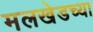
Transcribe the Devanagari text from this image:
मलखेडच्या